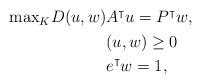
LaTeX: \begin{align*}\begin{aligned}\textstyle{\max_{K}} D(u,w) & A^{\intercal}u = P^{\intercal}w, \\& (u,w) \geq 0 \\& e^{\intercal}w=1,\end{aligned}\end{align*}